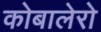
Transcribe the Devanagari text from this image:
कोबालेरो